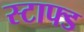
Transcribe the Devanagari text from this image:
स्टाफ्ड